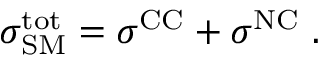
\sigma _ { \mathrm { S M } } ^ { \mathrm { t o t } } = \sigma ^ { \mathrm { C C } } + \sigma ^ { \mathrm { N C } } \ .